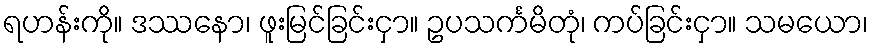
ရဟန်းကို။ ဒဿနော၊ ဖူးမြင်ခြင်းငှာ။ ဥပသင်္ကမိတုံ၊ ကပ်ခြင်းငှာ။ သမယော၊